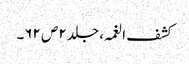
کشف الغمہ ، جلد ۲ ص ۶۲۔